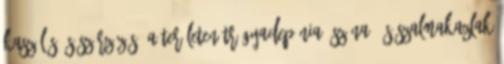
kaszálás és szárzúzás. A területen trágyadepónia, széna- és szalmakazlak